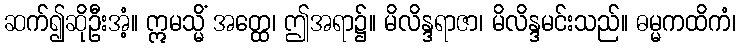
ဆက်၍ဆိုဦးအံ့။ ဣမသ္မိံ အတ္ထေ၊ ဤအရာ၌။ မိလိန္ဒရာဇာ၊ မိလိန္ဒမင်းသည်။ ဓမ္မကထိကံ၊